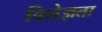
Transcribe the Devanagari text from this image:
विशेज्ञता